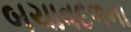
બચાવદળના